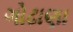
ગોઢાણા